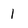
Character: 1